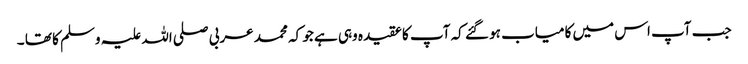
جب آپ اس میں کامیاب ہو گئے کہ آپ کا عقیدہ وہی ہے جو کہ محمد عربی صلی اللہ علیہ وسلم کا تھا ۔